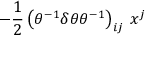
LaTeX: - \frac { 1 } { 2 } \left( \theta ^ { - 1 } \delta \theta \theta ^ { - 1 } \right) _ { i j } \, x ^ { j }